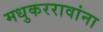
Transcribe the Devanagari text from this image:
मधुकररावांना